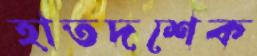
হাতদশেক